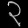
Digit: ၃